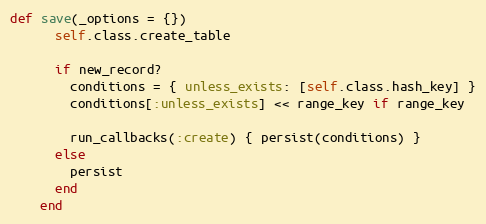
Language: Ruby
def save(_options = {})
      self.class.create_table

      if new_record?
        conditions = { unless_exists: [self.class.hash_key] }
        conditions[:unless_exists] << range_key if range_key

        run_callbacks(:create) { persist(conditions) }
      else
        persist
      end
    end